Report on vaccination in Madras 1877-1894 - 1877-1894
Year: 1877
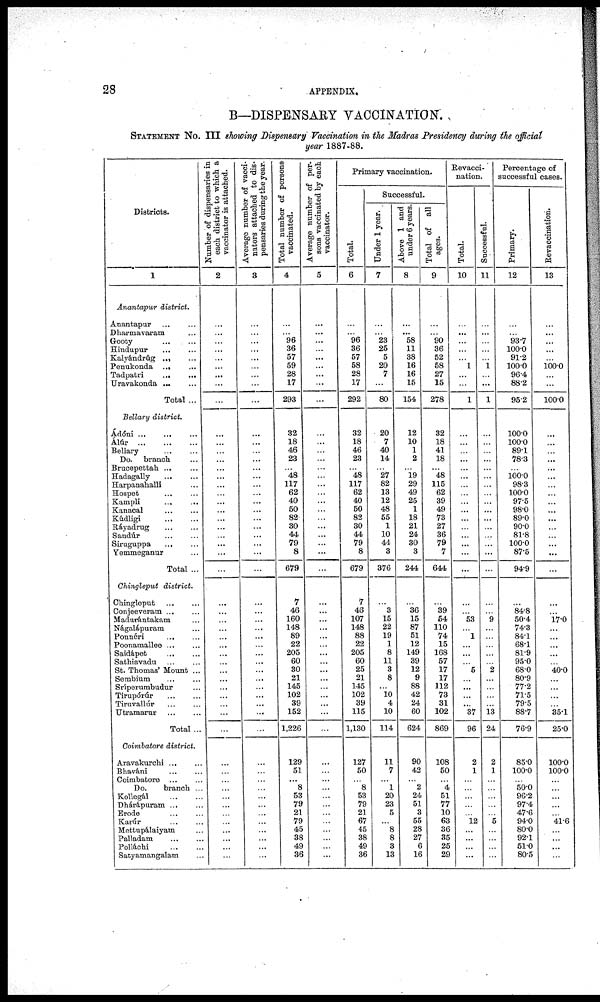
28
APPENDIX.
B—DISPENSARY VACCINATION.
STATEMENT No. III showing Dispensary Vaccination in the Madras Presidency during the official
year 1887-88.
Districts.
1
Anantapur district.
Anantapur
...
...
Dharmavaram ...
Gooty
...
...
Hindupur
...
...
Kalyándrúg ... ...
Penukonda
...
...
Tadpatri
...
...
Uravakonda
Total ...
Bellary district.
Ádóni
...
...
...
Álúr
...
...
...
Bellary ... ...
Do. branch
...
Brucepettah ... ...
Hadagally
...
...
Harpanahalli ...
Hospet
...
...
Kampli ... ...
Kanacal ... ...
Kúdligi
...
...
Ráyadrug
...
...
Sandúr
Sirugappa
Yemmeganur ...
Total ...
Chingleput district.
Chingleput
...
...
Conjeeveram ... ...
Madurántakam ...
Nágalápuram ... ...
Ponnéri
... ...
Poonamallee ... ...
Saidápet
...
...
Sathiavadu
...
...
St. Thomas' Mount ...
Sembium ... ...
Sríperumbudur ...
Tirupórúr
...
...
Tiruvallúr ... ...
Utramarur
...
...
Total ...
Coimbatore district.
Aravakurchi ... ...
Bhaváni ... ...
Coimbatore
...
...
Do.
branch ...
Kollegál
...
...
Dhárapuram ... ...
Erode
...
Karúr
...
Mettupálaiyam ...
Palladam
...
...
Polláchi
Satyamangalam ...
Number of dispensaries in
each district to which a
vaccinator is attached.
2
...
...
...
...
...
...
...
...
...
...
...
...
...
...
...
...
...
...
...
...
...
...
...
...
...
...
...
...
...
...
...
...
...
...
...
...
...
...
...
...
...
...
...
...
...
...
...
...
...
...
...
...
Average number of vacci¬
nators attached to dis-
pensaries during the year.
3
...
...
...
...
...
...
...
...
...
...
...
...
...
...
...
...
...
...
...
...
...
...
...
...
...
...
...
...
...
...
...
...
...
...
...
...
...
...
...
...
...
...
...
...
...
...
...
...
...
...
...
...
Total number of persons¬
vaccinated.
4
...
...
96
36
57
59
28
17
293
32
18
46
23
...
48
117
62
40
50
82
30
44
79
8
679
7
46
160
148
89
22
205
60
30
21
145
102
39
152
1,226
129
51
...
8
53
79
21
79
45
38
49
36
Average number of per-
sons vaccinated by each
vaccinator.
5
...
...
...
...
...
...
...
...
...
...
...
...
...
...
...
...
...
...
...
...
...
...
...
...
...
...
...
...
...
...
...
...
...
...
...
...
...
...
...
...
...
...
...
...
...
...
...
...
...
...
...
...
Primary vaccination.
Total.
6
...
...
96
36
57
58
28
17
292
32
18
46
23
...
48
117
62
40
50
82
30
44
79
8
679
7
46
107
148
88
22
205
60
25
21
145
102
39
115
1,130
127
50
...
8
53
79
21
67
45
38
49
36
Successful.
Under 1 year.
7
...
...
23
25
5
20
7
...
80
20
7
40
14
...
27
82
13
12
48
55
1
10
44
3
376
...
3
15
22
19
1
8
11
3
8
...
10
4
10
114
11
7
...
1
20
23
5
...
8
8
3
13
Above 1 and
under 6 years.
8
...
... 58
11
38
16
16
15
154
12
10
1
2
...
19
29
49
25
1
18
21
24
30
3
244
...
36
15
87
51
12
149
39
12
9
88
42
24
60
624
90
42
...
2
24
51
3
55
28
27
6
16
Total of all
ages.
9
...
... 90
36
52
58
27
15
278
32
18
41
18
...
48
115
62
39
49
73
27
36
79
7
644
...
39
54
110
74
15
168
57
17
17
112
73
31
102
869
108
50
...
4
51
77
10
63
36
35
25
29
Revacci¬
nation.
Total.
10
...
...
...
...
...
1
...
...
1
...
...
...
...
...
...
...
...
...
...
...
...
...
...
...
...
...
...
53
...
1
...
...
...
5
...
...
...
...
37
96
2
1
...
...
...
...
...
12
...
...
...
...
Successful.
11
...
...
...
...
...
1
...
...
1
...
...
...
...
...
...
...
...
...
...
...
...
...
...
...
...
...
...
9
...
...
...
...
...
2
...
...
...
...
13
24
2
1
...
...
...
...
...
5
...
...
...
...
Percentage of
successful cases.
Primary.
12
...
...
93.7
100.0
91.2
100.0
96.4
88.2
95.2
100.0
100.0
89.1
78.3
...
100.0 98.3
100.0
97.5
98.0
89.0
90.0
81.8
100.0
87.5
94.9
...
84.8
50.4
74.3
84.1
68.1
81.9
95.0
68.0
80.9
77.2
71.5
79.5
88.7
76.9
85.0
100.0
...
50.0
96.2
97.4
47.6
94.0
80.0
92.1
51.0
80.5
Revaccination.
13
...
...
...
...
...
100.0
...
...
100.0
...
...
...
...
...
...
...
...
...
...
...
...
...
...
...
...
...
...
17.0
...
...
...
...
...
40.0
...
...
...
...
35.1
25.0
100.0
100.0
...
...
...
...
...
41.6
...
...
...
...